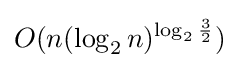
O(n(\log _{2}n)^{\log _{2}{\frac {3}{2}}})